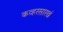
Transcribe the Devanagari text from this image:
कव्हरसारखं